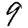
Digit: 9